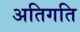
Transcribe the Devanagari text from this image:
अतिगति